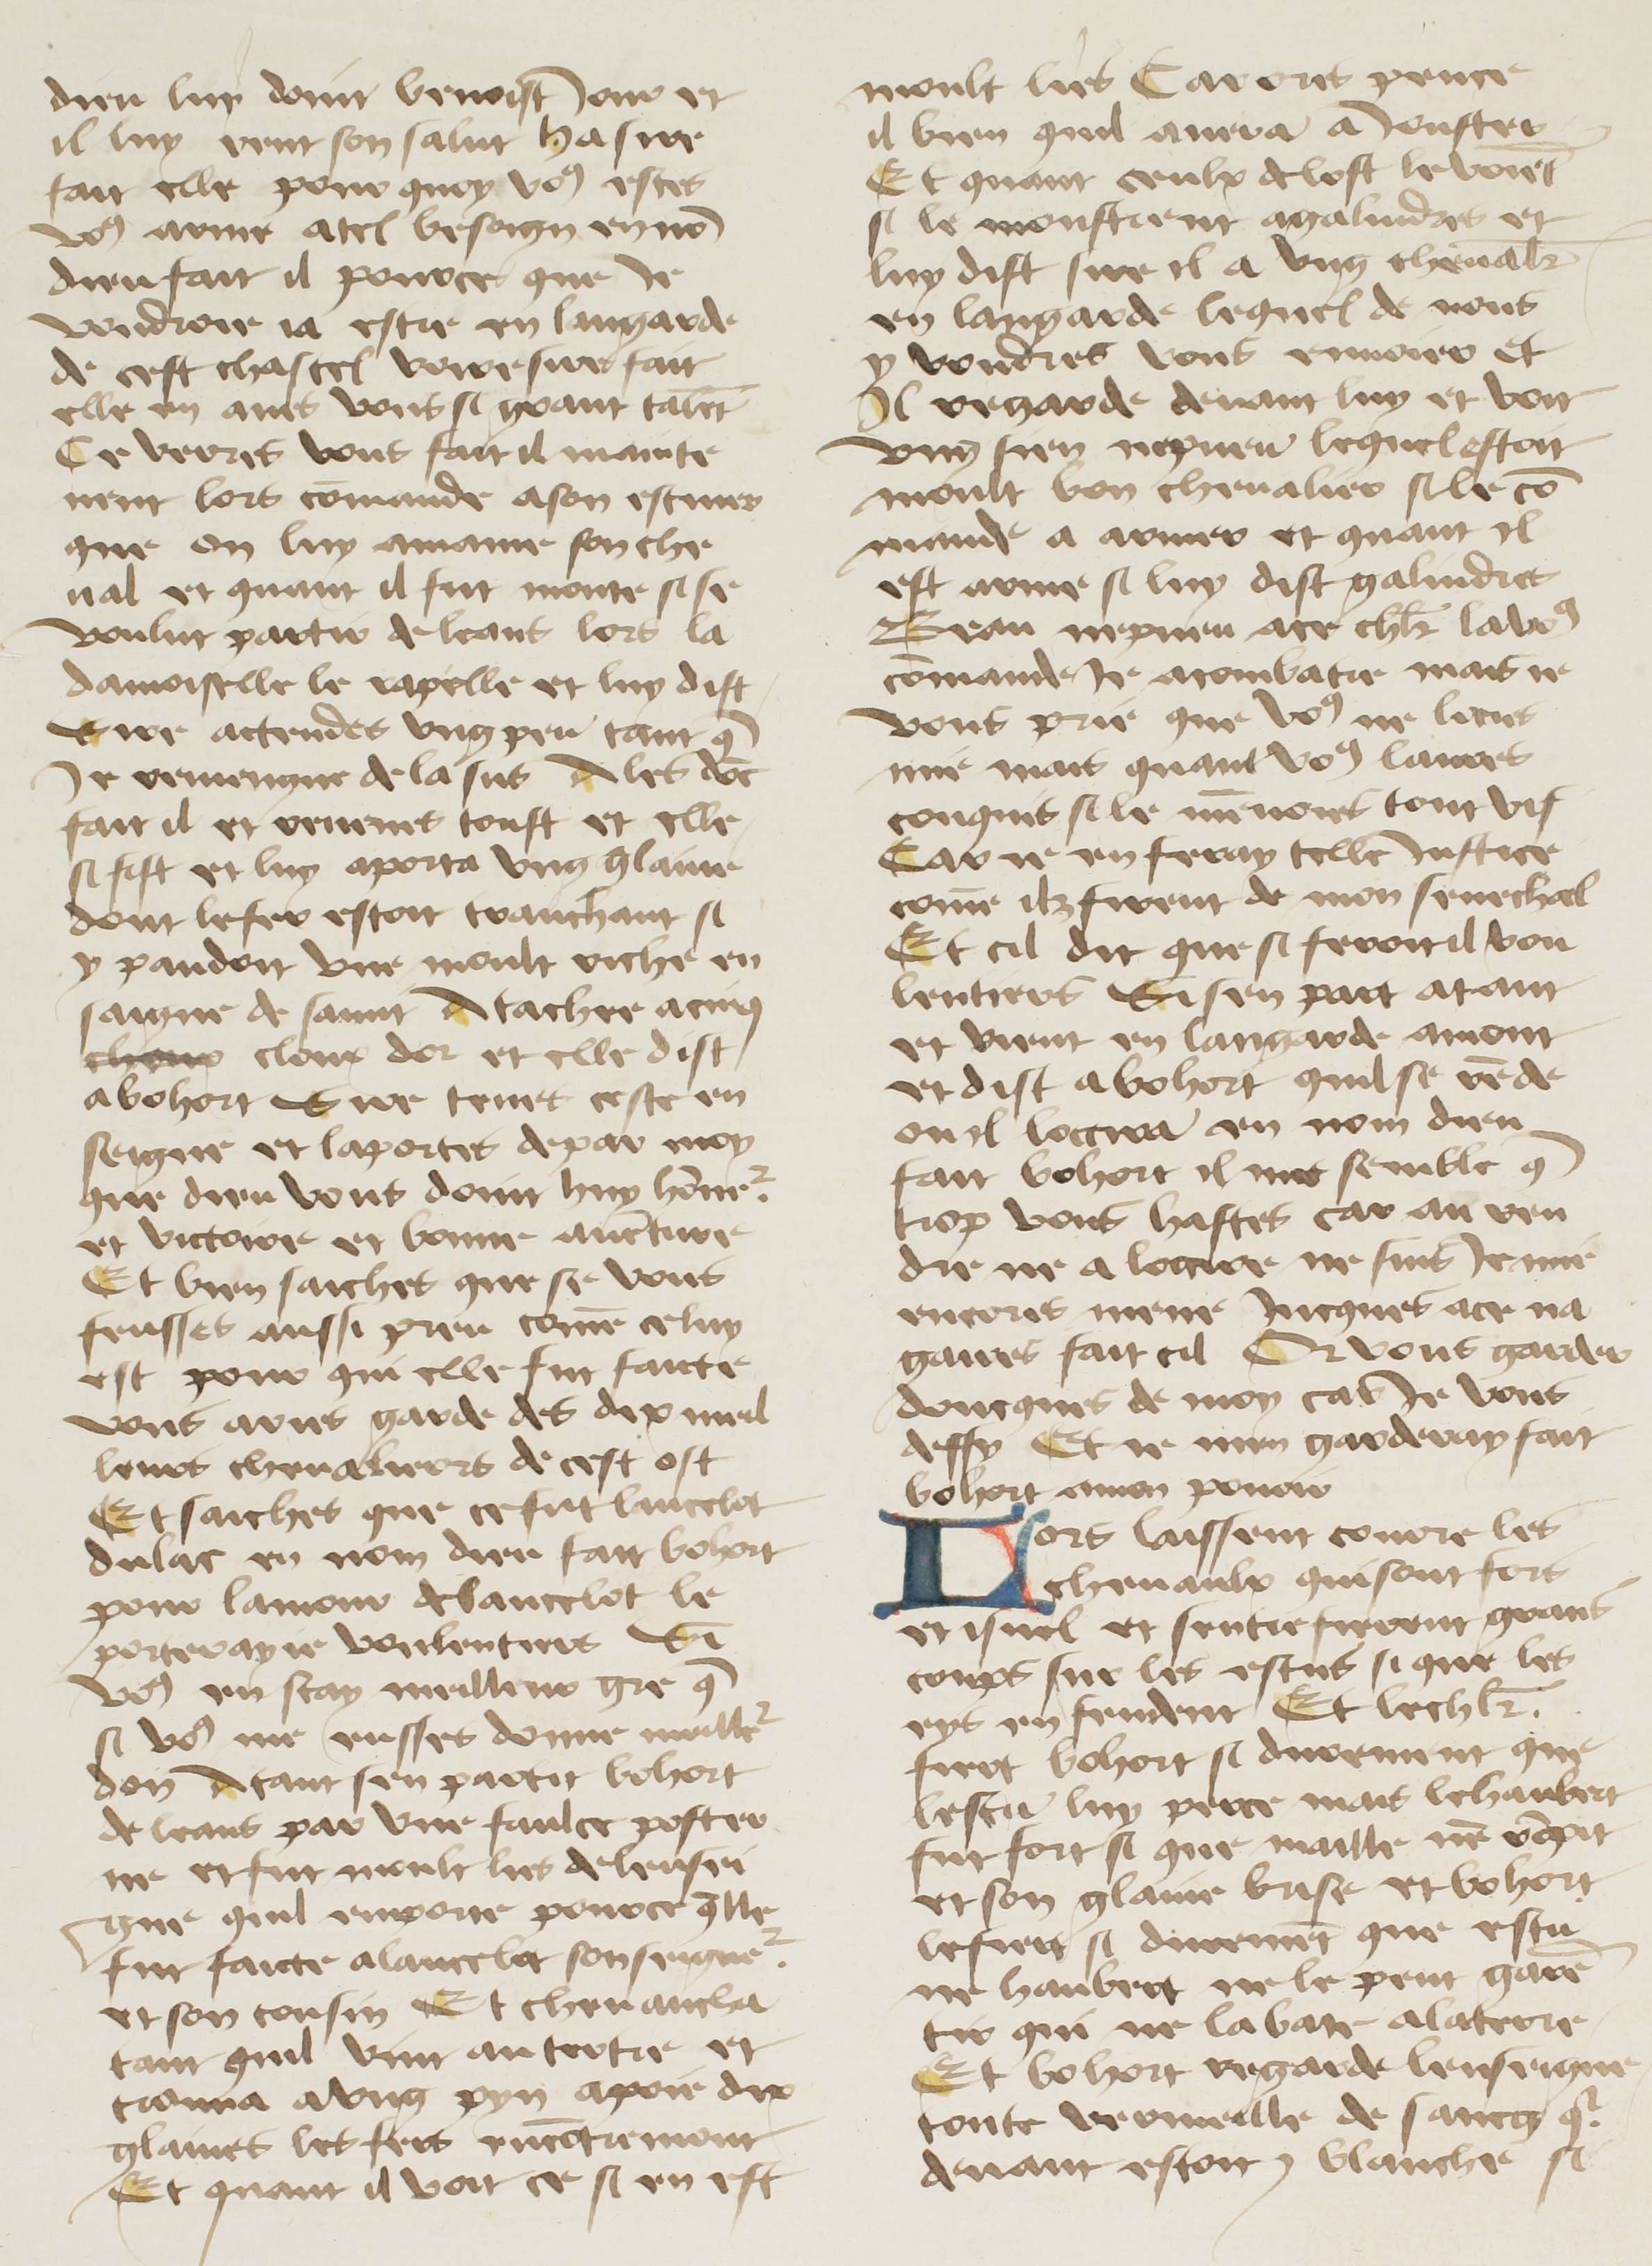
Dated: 1400–1499